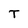
Character: T